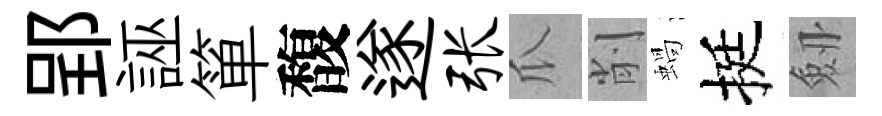
郢誣箪馥遂张瓜削蝸挺劔